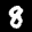
Label: 8